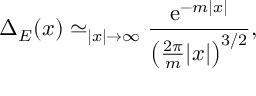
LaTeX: \Delta _ { E } ( x ) \simeq _ { | x | \rightarrow \infty } \frac { \mathrm { e } ^ { - m | x | } } { \left( \frac { 2 \pi } { m } | x | \right) ^ { 3 / 2 } } ,